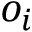
o _ { i }